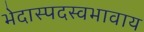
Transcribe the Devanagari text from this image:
भेदास्पदस्वभावाय